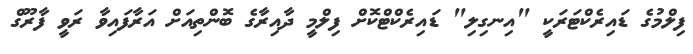
ފިލްމުގެ ޑައިރެކްޓަރަކީ "އިނގިލި" ޑައިރެކްޓްކޮށް ފިލްމީ ދާއިރާގެ ބޮންތިއަށް އަރާފައިވާ ރަވީ ފާރޫގް